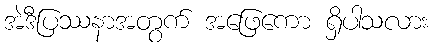
အဲဒီပြဿနာအတွက် အဖြေကော ရှိပါသလား